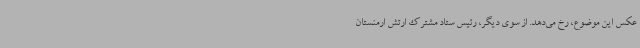
عکس این موضوع، رخ می‌دهد. از سوی دیگر، رئیس ستاد مشترک ارتش ارمنستان